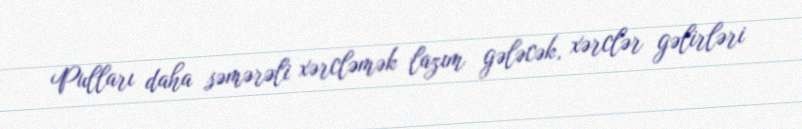
Pulları daha səmərəli xərcləmək lazım gələcək, xərclər gəlirləri